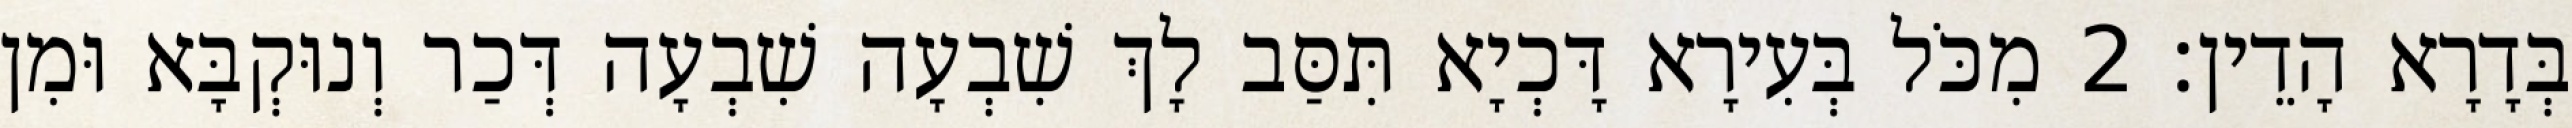
בְּדָרָא הָדֵין׃ 2 מִכֹּל בְּעִירָא דָּכְיָא תִּסַּב לָךְ שִׁבְעָה שִׁבְעָה דְּכַר וְנוּקְבָּא וּמִן